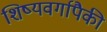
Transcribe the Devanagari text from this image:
शिष्यवर्गापैकी